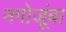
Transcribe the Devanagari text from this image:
नगोजूंबा